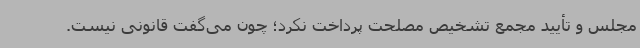
مجلس و تأیید مجمع تشخیص مصلحت پرداخت نکرد؛ چون می‌گفت قانونی نیست.